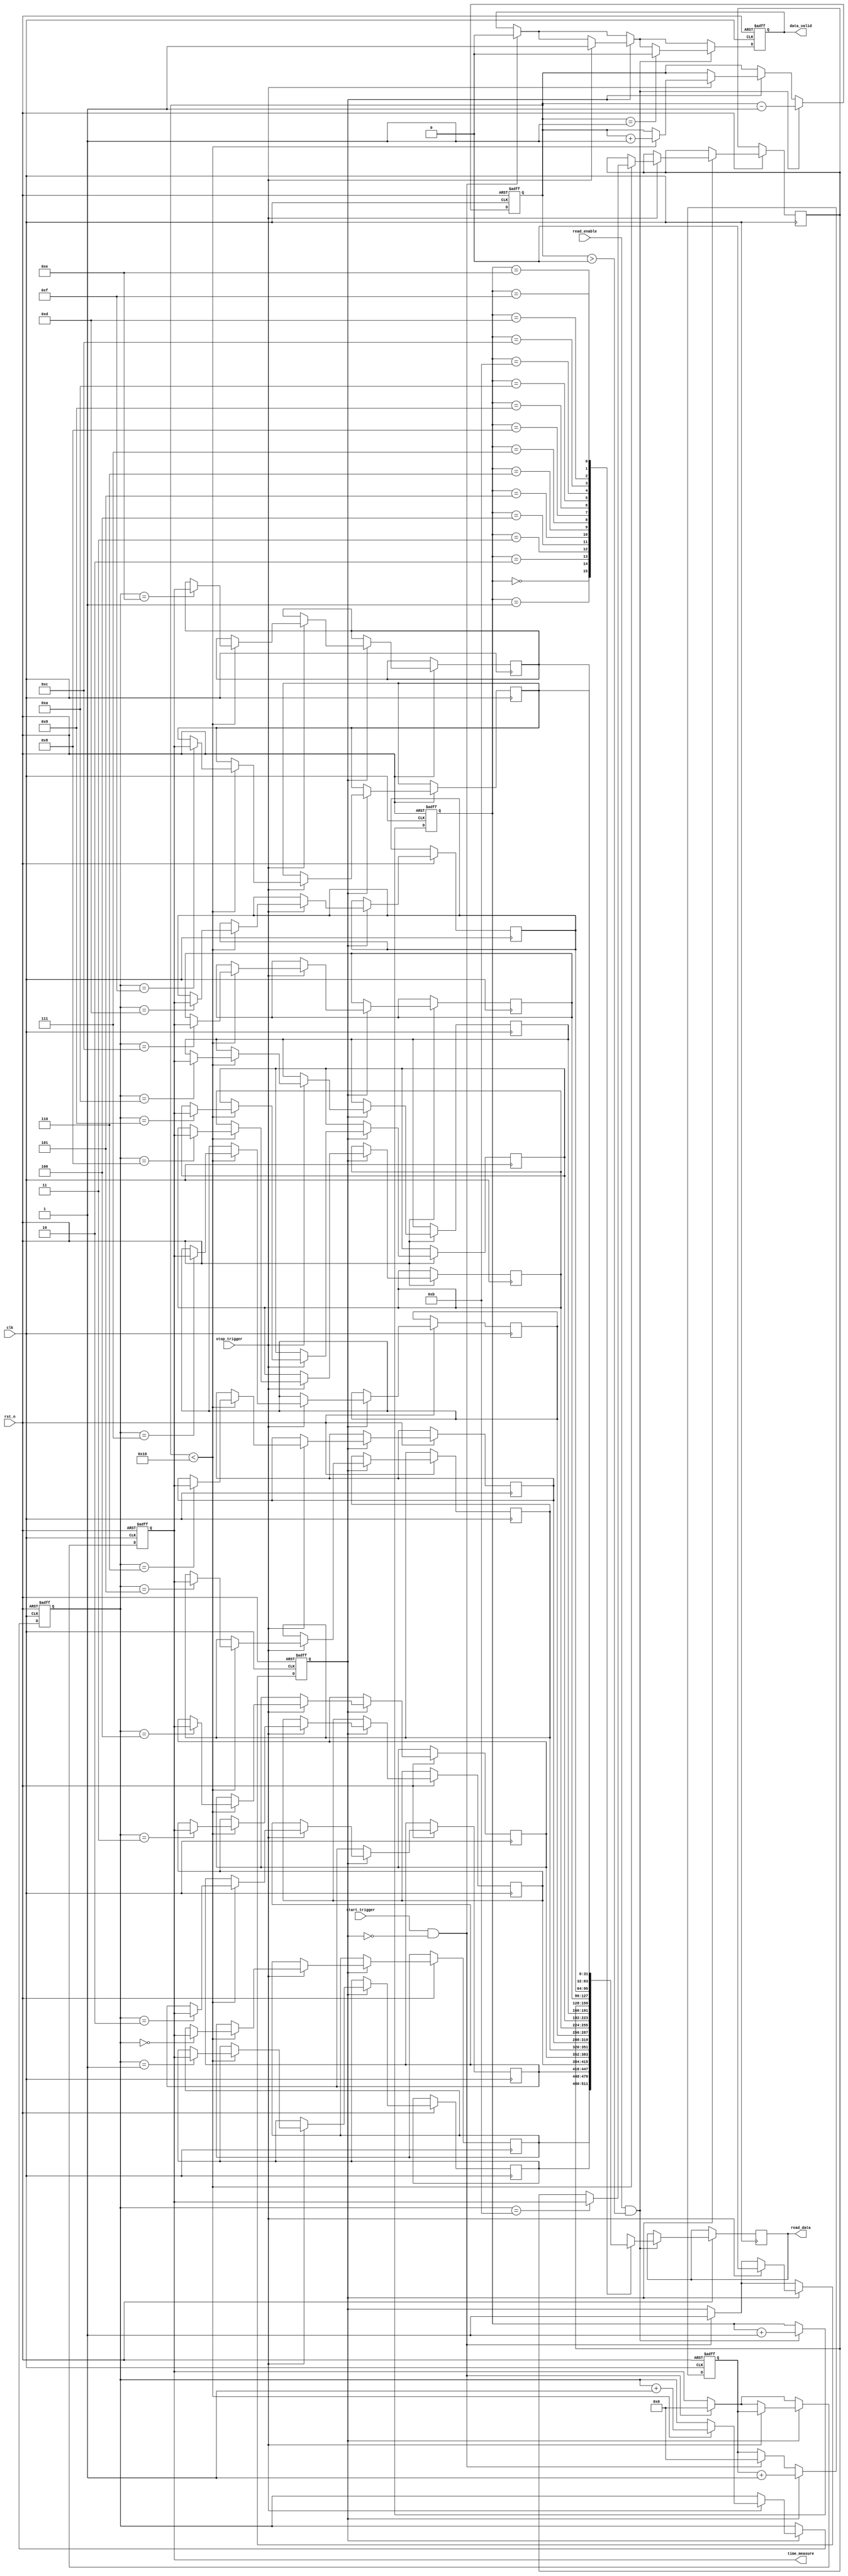
module hybrid_tdc (
    input wire clk,                 // High-frequency clock
    input wire rst_n,               // Active low reset
    input wire start_trigger,       // Start trigger signal
    input wire stop_trigger,        // Stop trigger signal
    output reg [31:0] time_measure, // Measured time in clock cycles
    output reg data_valid,          // Data valid signal
    input wire read_enable,         // Signal to read data from TDC
    output reg [31:0] read_data     // Output data for reading
);

    // Internal signals
    reg [31:0] counter;             // Digital counter
    reg measuring;                  // Flag indicating if measuring
    reg [31:0] memory [0:15];       // Memory block (FIFO) for storing measurements
    reg [3:0] write_pointer;        // Write pointer for FIFO
    reg [3:0] read_pointer;         // Read pointer for FIFO
    reg [3:0] fifo_count;           // Count of stored measurements

    // State machine for measurement control
    always @(posedge clk or negedge rst_n) begin
        if (!rst_n) begin
            counter <= 0;
            measuring <= 0;
            time_measure <= 0;
            data_valid <= 0;
            write_pointer <= 0;
            read_pointer <= 0;
            fifo_count <= 0;
        end else begin
            // Start measurement
            if (start_trigger && !measuring) begin
                measuring <= 1;
                counter <= 0;
                time_measure <= 0;
                data_valid <= 0;
            end
            
            // Count clock cycles while measuring
            if (measuring) begin
                counter <= counter + 1;
                if (stop_trigger) begin
                    measuring <= 0;
                    time_measure <= counter; // Capture measured time
                    data_valid <= 1;

                    // Store the measured time in FIFO
                    if (fifo_count < 16) begin
                        memory[write_pointer] <= time_measure;
                        write_pointer <= write_pointer + 1;
                        fifo_count <= fifo_count + 1;
                    end
                end
            end

            // Read data from memory
            if (read_enable && fifo_count > 0) begin
                read_data <= memory[read_pointer];
                read_pointer <= read_pointer + 1;
                fifo_count <= fifo_count - 1;
                
                // Reset data valid signal if FIFO is empty
                if (fifo_count == 1) begin
                    data_valid <= 0;
                end
            end
        end
    end

endmodule